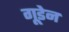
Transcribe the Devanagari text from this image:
गूडेन